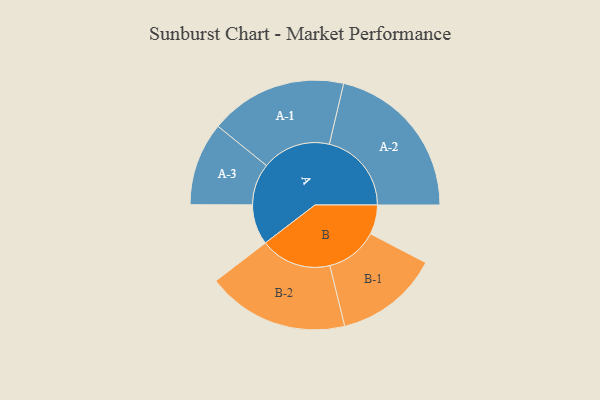
{"axis": {"x": "Segment", "y": "Value"}, "legend": ["", "A", "B"], "data": [{"x": "A", "y": 138, "type": ""}, {"x": "B", "y": 101, "type": ""}, {"x": "A-1", "y": 236, "type": "A"}, {"x": "A-2", "y": 282, "type": "A"}, {"x": "A-3", "y": 143, "type": "A"}, {"x": "B-1", "y": 179, "type": "B"}, {"x": "B-2", "y": 244, "type": "B"}]}